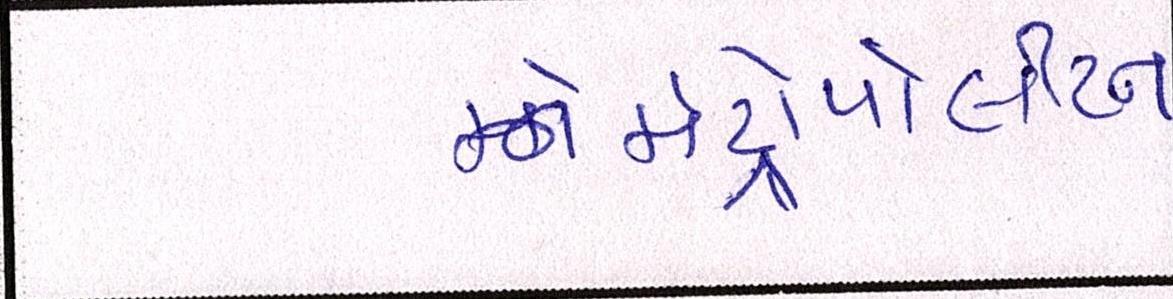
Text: મેટ્રોપોલીટન